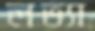
লভ্যা